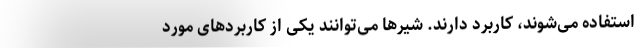
استفاده می‌شوند، کاربرد دارند. شیرها می‌توانند یکی از کاربردهای مورد